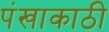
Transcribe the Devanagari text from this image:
पंखाकाठी